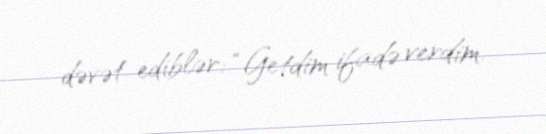
dəvət ediblər: “Getdim ifadə verdim.